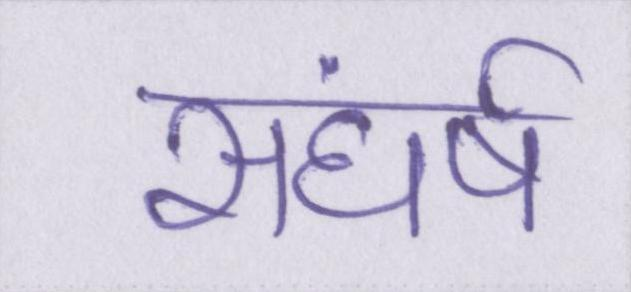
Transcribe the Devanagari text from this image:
सघंर्ष